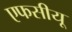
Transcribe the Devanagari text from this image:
एफसीयू